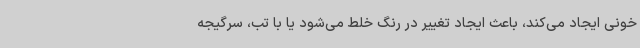
خونی ایجاد می‌کند، باعث ایجاد تغییر در رنگ خلط می‌شود یا با تب، سرگیجه